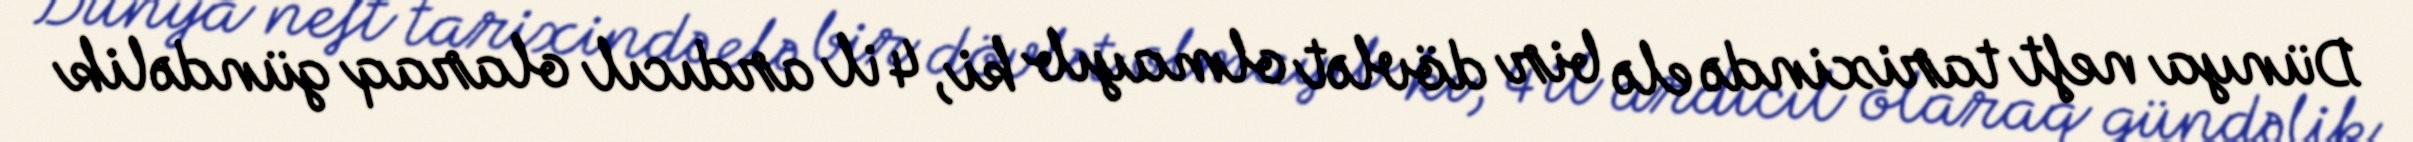
Dünya neft tarixində elə bir dövlət olmayıb ki, 4 il ardıcıl olaraq gündəlik